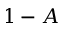
1 - A